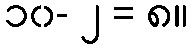
၁၀- ၂ = ၈။